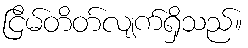
ငြိမ်တိတ်လျက်ရှိသည်။